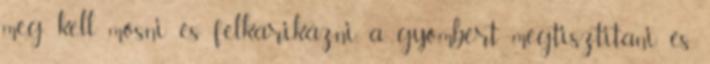
meg kell mosni és felkarikázni, a gyömbért megtisztitani és